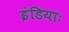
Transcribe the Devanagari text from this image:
इंडियाः